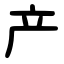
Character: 产